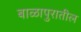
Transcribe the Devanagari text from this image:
बाळापुरातील